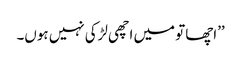
’’اچھا تو میں اچھی لڑکی نہیں ہوں۔